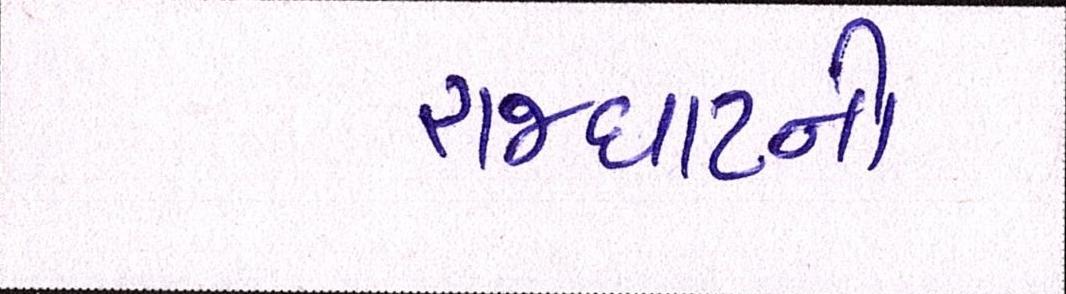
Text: રાજઘાટની